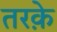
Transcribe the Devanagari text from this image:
तरक़े